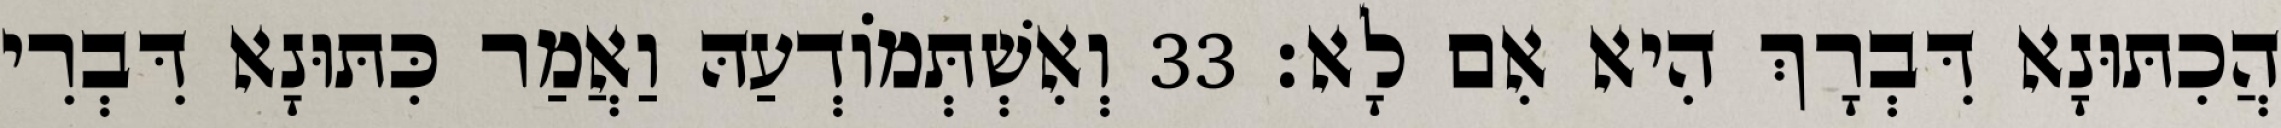
הֲכִתּוּנָא דִּבְרָךְ הִיא אִם לָא׃ 33 וְאִשְׁתְּמוֹדְעַהּ וַאֲמַר כִּתּוּנָא דִּבְרִי